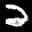
Label: 2